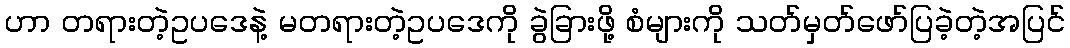
ဟာ တရားတဲ့ဥပဒေနဲ့ မတရားတဲ့ဥပဒေကို ခွဲခြားဖို့ စံများကို သတ်မှတ်ဖော်ပြခဲ့တဲ့အပြင်